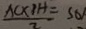
\frac { A C \times P H } { 2 } = S _ { \Delta }